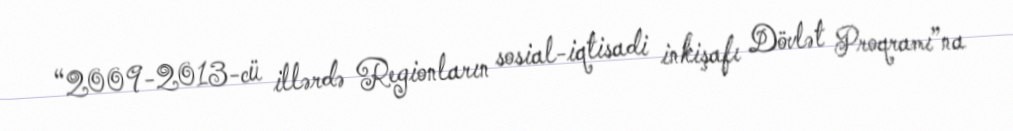
“2009-2013-cü illərdə Regionların sosial-iqtisadi inkişafı Dövlət Proqramı”na